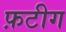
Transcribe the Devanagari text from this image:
फ़टीग